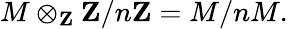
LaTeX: M\otimes_{\mathbf{Z}}\mathbf{Z}/n\mathbf{Z}=M/nM.